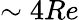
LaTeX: \sim 4Re